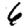
Digit: 6